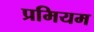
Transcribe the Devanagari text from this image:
प्रमियम